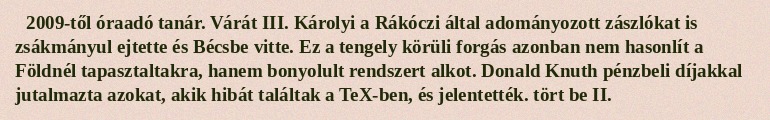
2009-től óraadó tanár. Várát III. Károlyi a Rákóczi által adományozott zászlókat is zsákmányul ejtette és Bécsbe vitte. Ez a tengely körüli forgás azonban nem hasonlít a Földnél tapasztaltakra, hanem bonyolult rendszert alkot. Donald Knuth pénzbeli díjakkal jutalmazta azokat, akik hibát találtak a TeX-ben, és jelentették. tört be II.